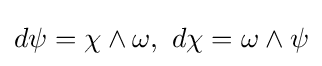
d\psi =\chi \wedge \omega ,\,\,d\chi =\omega \wedge \psi